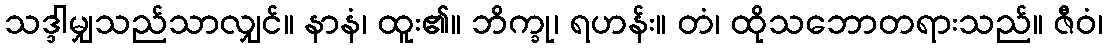
သဒ္ဒါမျှသည်သာလျှင်။ နာနံ၊ ထူး၏။ ဘိက္ခု၊ ရဟန်း။ တံ၊ ထိုသဘောတရားသည်။ ဇီဝံ၊